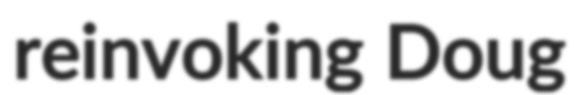
reinvoking Doug